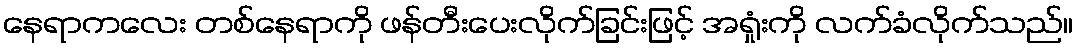
နေရာကလေး တစ်နေရာကို ဖန်တီးပေးလိုက်ခြင်းဖြင့် အရှုံးကို လက်ခံလိုက်သည်။